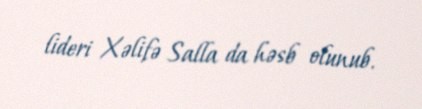
lideri Xəlifə Salla da həsb olunub.